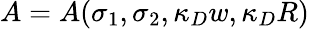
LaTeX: A=A(\sigma_{1},\sigma_{2},\kappa_{D}w,\kappa_{D}R)